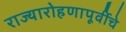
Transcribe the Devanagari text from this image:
राज्यारोहणापूर्वीचे